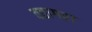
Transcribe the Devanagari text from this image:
वहागरा